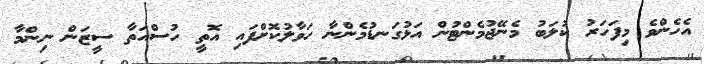
އެހެންވެ މިފަހަރު ކުލަބު މެނޭޖުމެންޓުން އަޅުގަނޑުމެންނާ ހަވާލުކޮށްފައި އޮތީ ހުސްއަތާ ސީޒަން ނިންމާ